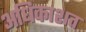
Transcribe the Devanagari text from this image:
अधिकाशत